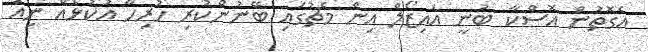
އެގޮތުން އޮސްކާ ބުނީ އައިޒޯލް އިން މެޗުގައި ބޭނުންކުރި ހުރިހާ އުކުޅެއް ނިއު